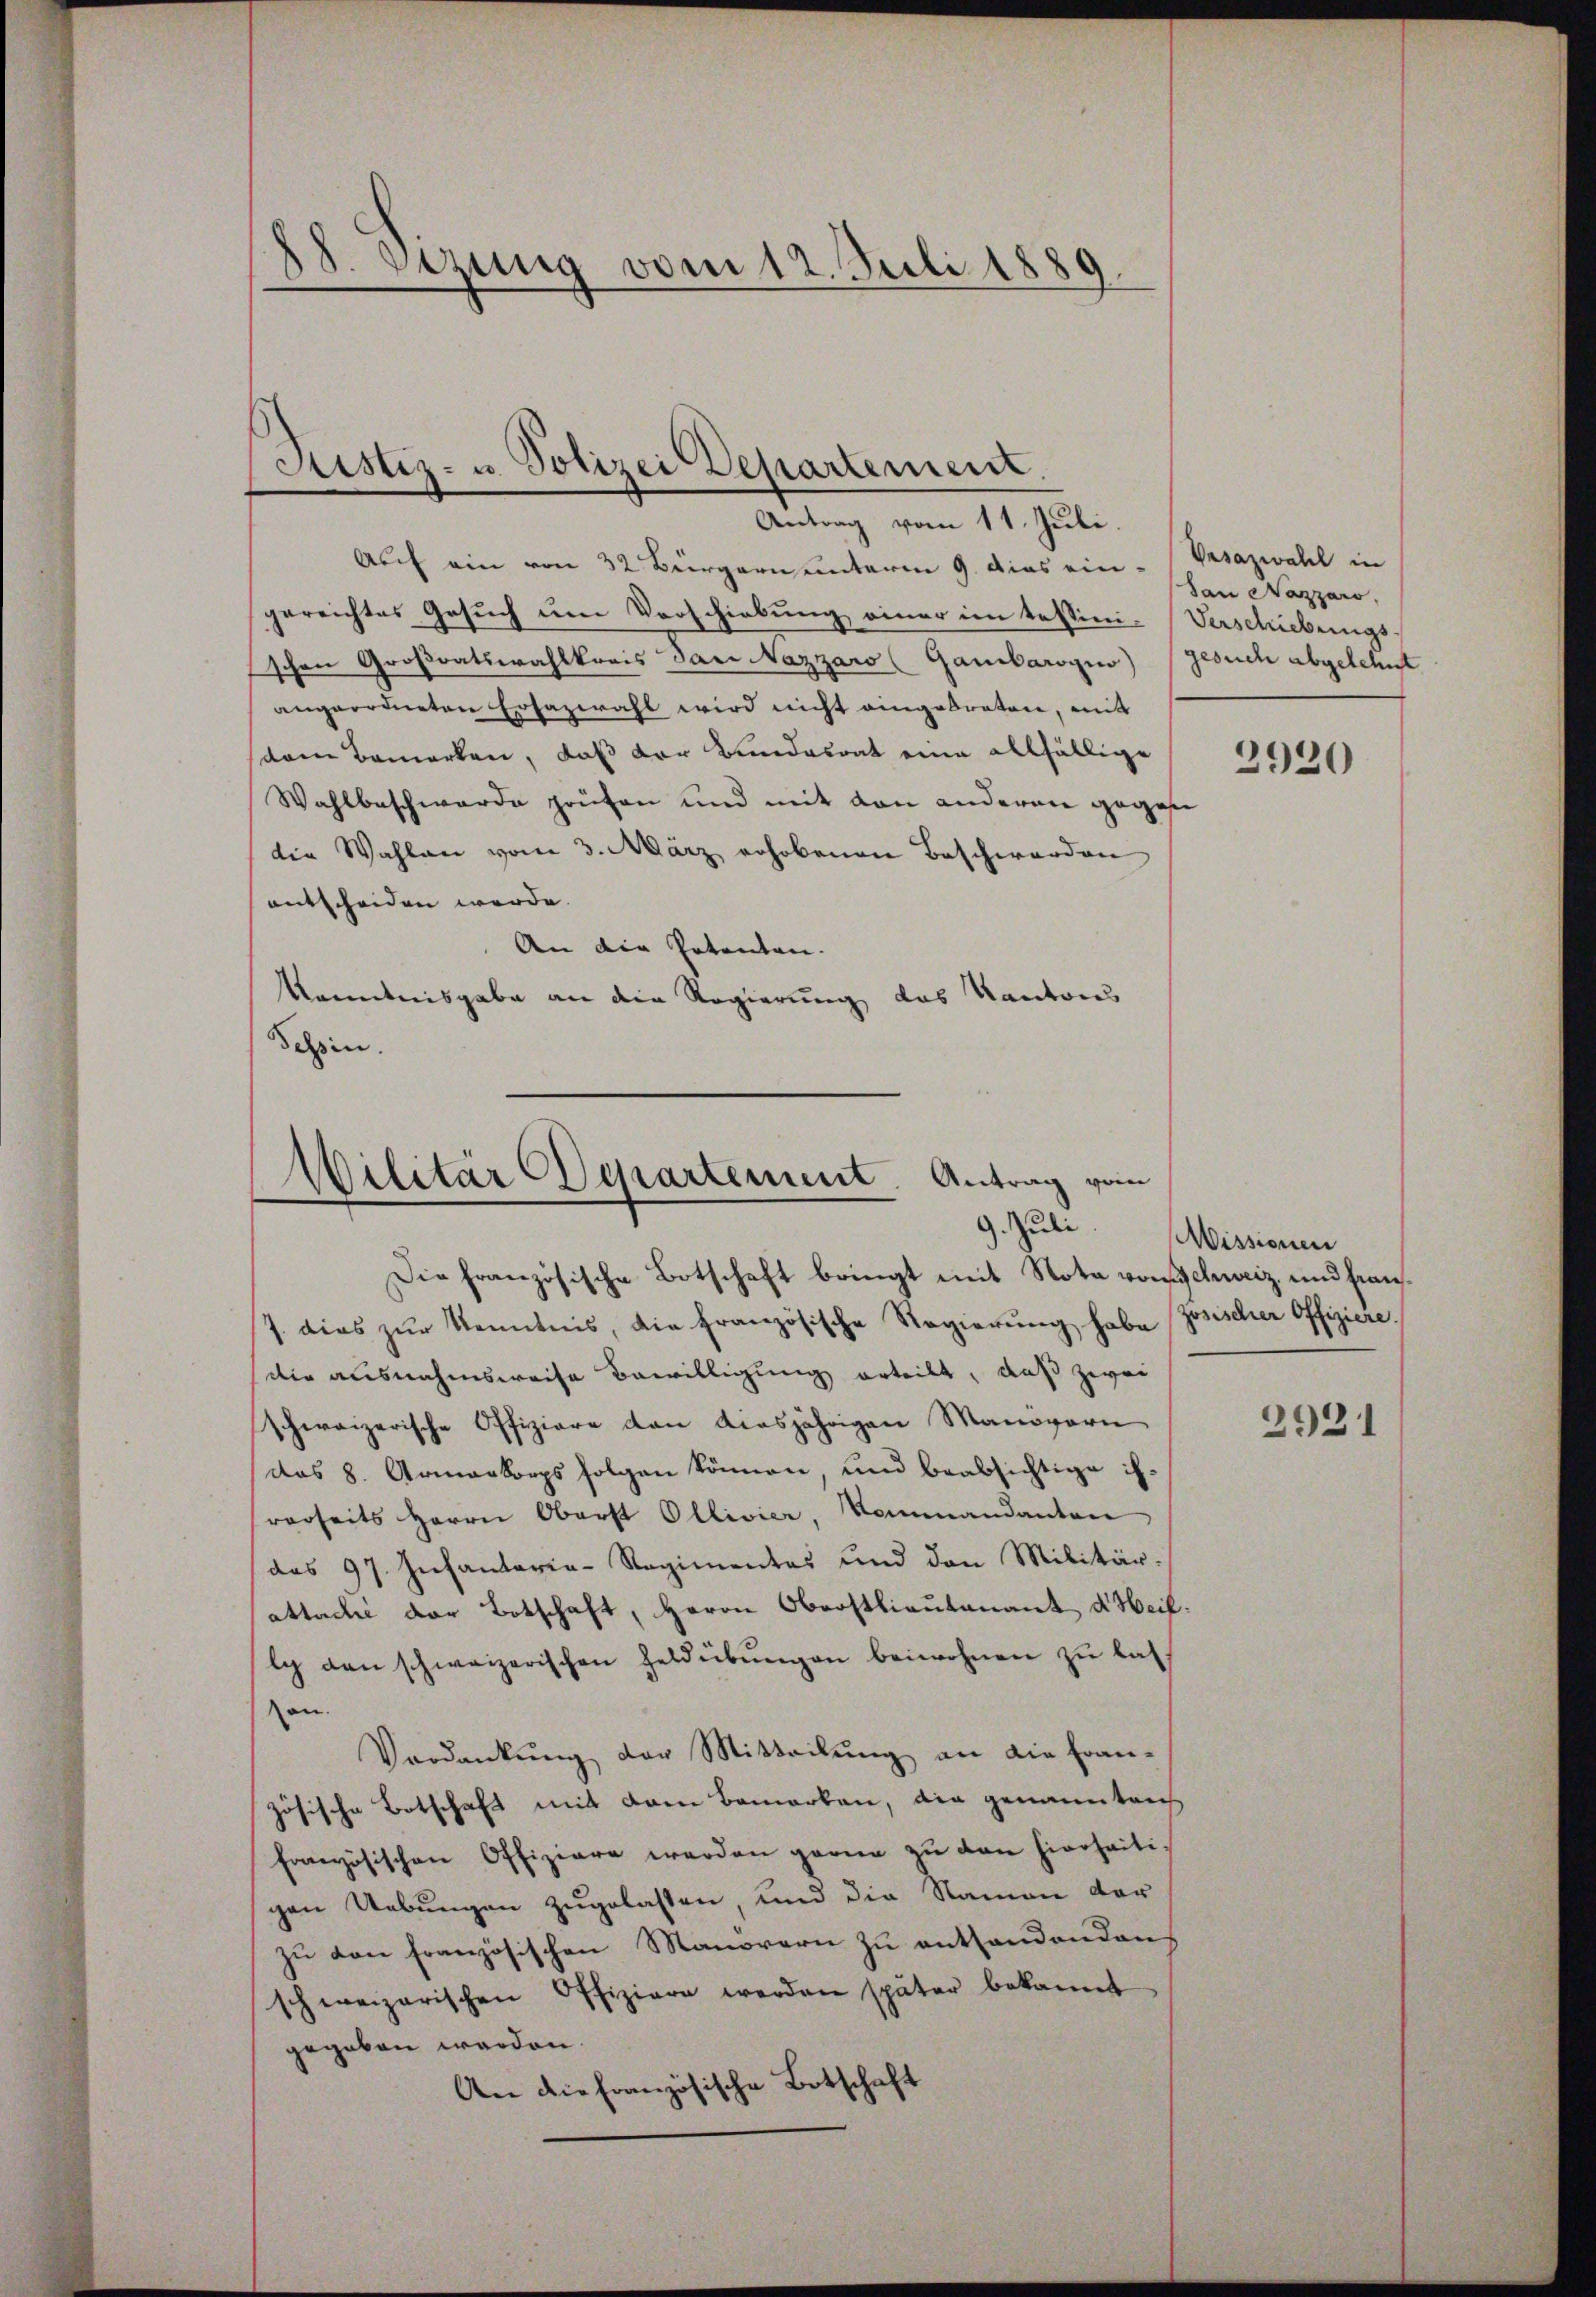
88. Sizung vom 12. Juli 1889

Justiz- u. Polizei Departement.
Antrag vom 11. Juli.

Auch ein von 32 Bürgern unterm 9. dieas ein-
gereichtes Gesuch um Vorschiebung einer im tessini-Verschiebungsschen Großratswahlkreis dari Nazzaro (Gambarogno) gesuch abgelehnt
angeordneten Erfazwahl wird nicht eingebraten, mit
sdem Bemerken, daß der Bundesrat eine allfällige
Wahlbeschwerde prüfen und mit den anderen gegen
die Wahlen vom 3. März erhobenen Beschwerden
entscheiden werde.
An die Patenten.
Kenntnisgabe an die Regierung das Kantons
8
Tessin.

Wilitär Departement. Antrag vom
9. Juli

Die französische Botschaft bringt mit Nota von Schweiz und fran¬
7. dies zŭr Kenntnis, die französische Regierŭng habe (Zosischer Offiziere.
die ausnahmsweise Bewilligung erteilt, daß zwei
schweizerische Offiziare den diesjährigen Manövern
das 8. Armenkorps folgen können, und beabsichtige ihrerseits Herrn Oberst Ollivier, Kommandanton
das 97. Infantarie-Regimentes und den Militär-
attachi der Botschaft, Herrn Oberstlieutenant Heil.
lch den schweizerischen Heldübŭngen beiwohnen zu las
ten.
.
Verdankŭng der Mitteilŭng an die Fran-
zösische Botschaft mit dem Bemerken, die genannten
französischen Offiziere werden garne zu den hierseiti-
gen Uebungen zugelassen, und die Namen der
zu den französischen Manorarn zu enthandenden
schweizerischen Offiziere werden später bekannt
gegeben worden.
An die französische Botschaft

Vesazwahl in
San Nazzaro,

2920

Wissionen

2921